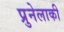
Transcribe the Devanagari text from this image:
प्रुनेलाकी